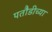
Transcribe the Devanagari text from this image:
पतौडीच्या